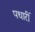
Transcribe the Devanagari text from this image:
पधारीं